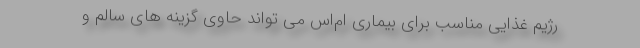
رژیم غذایی مناسب برای بیماری ام‌اس می تواند حاوی گزینه های سالم و